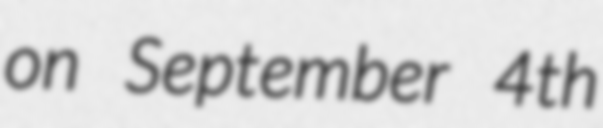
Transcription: on September 4th